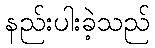
နည်းပါးခဲ့သည်